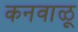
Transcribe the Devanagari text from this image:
कनवाळू